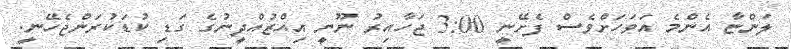
ލަންޏާ އެންމެ އަވަހަށްވެސް ފެށޭނީ 3:00 ޖަހާއިރު ނޫނީ އިއްޒުއްދީނުގެ ގަޑި ކުޑަކުރަންޖެހޭނީ.